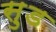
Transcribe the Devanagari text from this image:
सु़ड